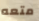
متعه